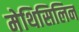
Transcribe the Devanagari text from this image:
मेथिसिलिन